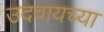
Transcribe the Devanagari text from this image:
उदवायच्या